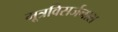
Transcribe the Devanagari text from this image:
मूत्रविसर्जनास